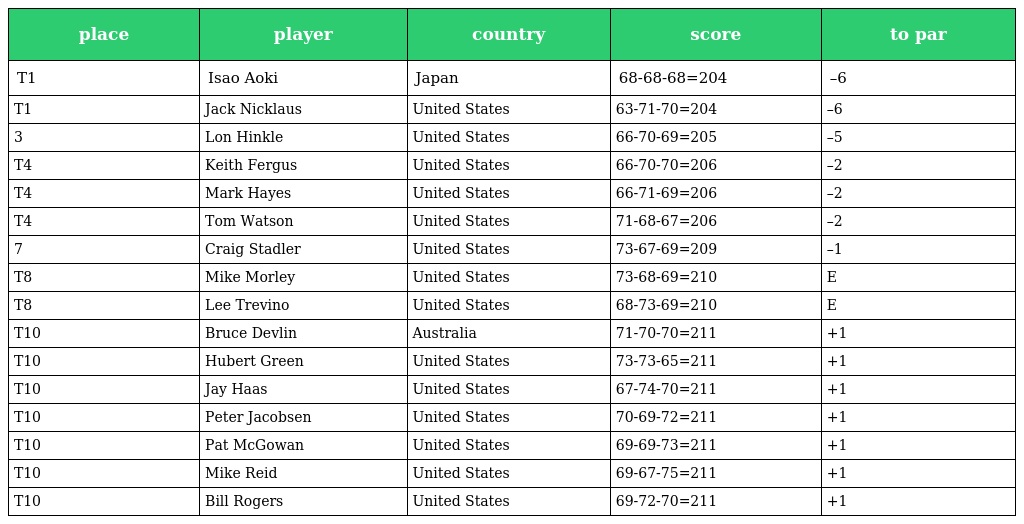
| place | player | country | score | to par |
 | --- | --- | --- | --- | --- |
 | T1 | Isao Aoki | Japan | 68-68-68=204 | –6 |
 | T1 | Jack Nicklaus | United States | 63-71-70=204 | –6 |
 | 3 | Lon Hinkle | United States | 66-70-69=205 | –5 |
 | T4 | Keith Fergus | United States | 66-70-70=206 | –2 |
 | T4 | Mark Hayes | United States | 66-71-69=206 | –2 |
 | T4 | Tom Watson | United States | 71-68-67=206 | –2 |
 | 7 | Craig Stadler | United States | 73-67-69=209 | –1 |
 | T8 | Mike Morley | United States | 73-68-69=210 | E |
 | T8 | Lee Trevino | United States | 68-73-69=210 | E |
 | T10 | Bruce Devlin | Australia | 71-70-70=211 | +1 |
 | T10 | Hubert Green | United States | 73-73-65=211 | +1 |
 | T10 | Jay Haas | United States | 67-74-70=211 | +1 |
 | T10 | Peter Jacobsen | United States | 70-69-72=211 | +1 |
 | T10 | Pat McGowan | United States | 69-69-73=211 | +1 |
 | T10 | Mike Reid | United States | 69-67-75=211 | +1 |
 | T10 | Bill Rogers | United States | 69-72-70=211 | +1 |